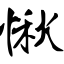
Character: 愀